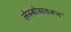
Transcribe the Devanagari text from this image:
लेस्बोसवरून